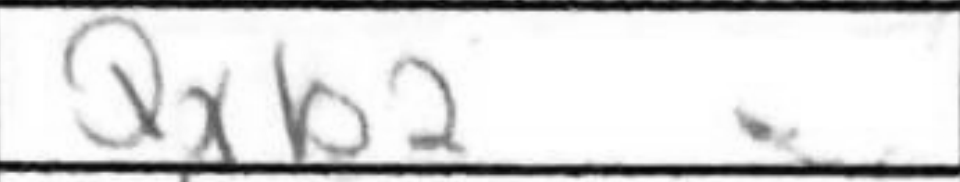
Transcription: Qxb2